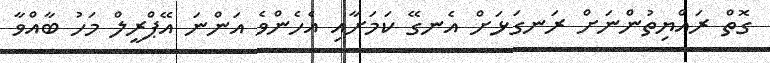
ގޮތް ރައްޔިތުންނަށް ރަނގަޅަށް އެނގޭ ކަަމަށާއި އެހެންވެ އަންނަ އޭޕްރީލް މަހު ބާއްވާ